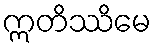
ဣတိဿိမေ